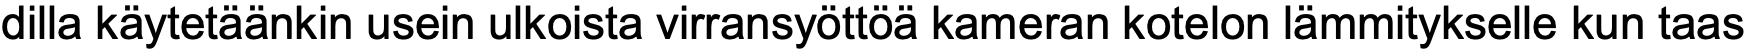
dilla käytetäänkin usein ulkoista virransyöttöä kameran kotelon lämmitykselle kun taas